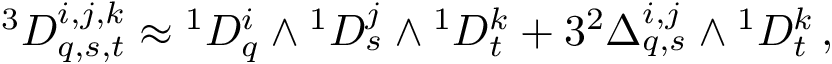
{ } ^ { 3 } D _ { q , s , t } ^ { i , j , k } \approx { } ^ { 1 } D _ { q } ^ { i } \wedge { } ^ { 1 } D _ { s } ^ { j } \wedge { } ^ { 1 } D _ { t } ^ { k } + 3 { } ^ { 2 } \Delta _ { q , s } ^ { i , j } \wedge { } ^ { 1 } D _ { t } ^ { k } \, ,